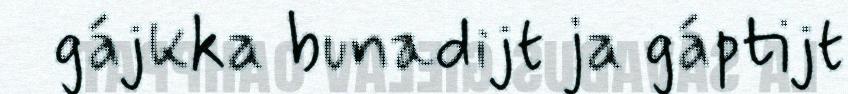
gájkka bunadijt ja gáptijt